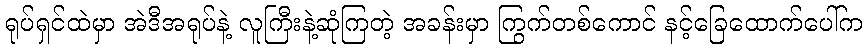
ရုပ်ရှင်ထဲမှာ အဲဒီအရုပ်နဲ့ လူကြီးနဲ့ဆုံကြတဲ့ အခန်းမှာ ကြွက်တစ်ကောင် နင့်ခြေထောက်ပေါ်က